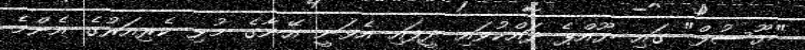
"ޔޫސުފް" ގައި ޔޫއްޕެ ދައްކުވައި ދީފައި އެވަނީ އޭނާގެ މުޅި ކެރިއަރުގެ އެންމެ